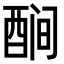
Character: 𬪫